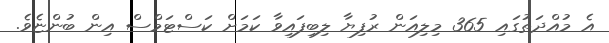
އެ މުއްދަތުގައި 365 މިލިއަން ރުފިޔާ ލިބިފައިވާ ކަމަށް ކަސްޓަމްސް އިން ބުންޏެވެ.